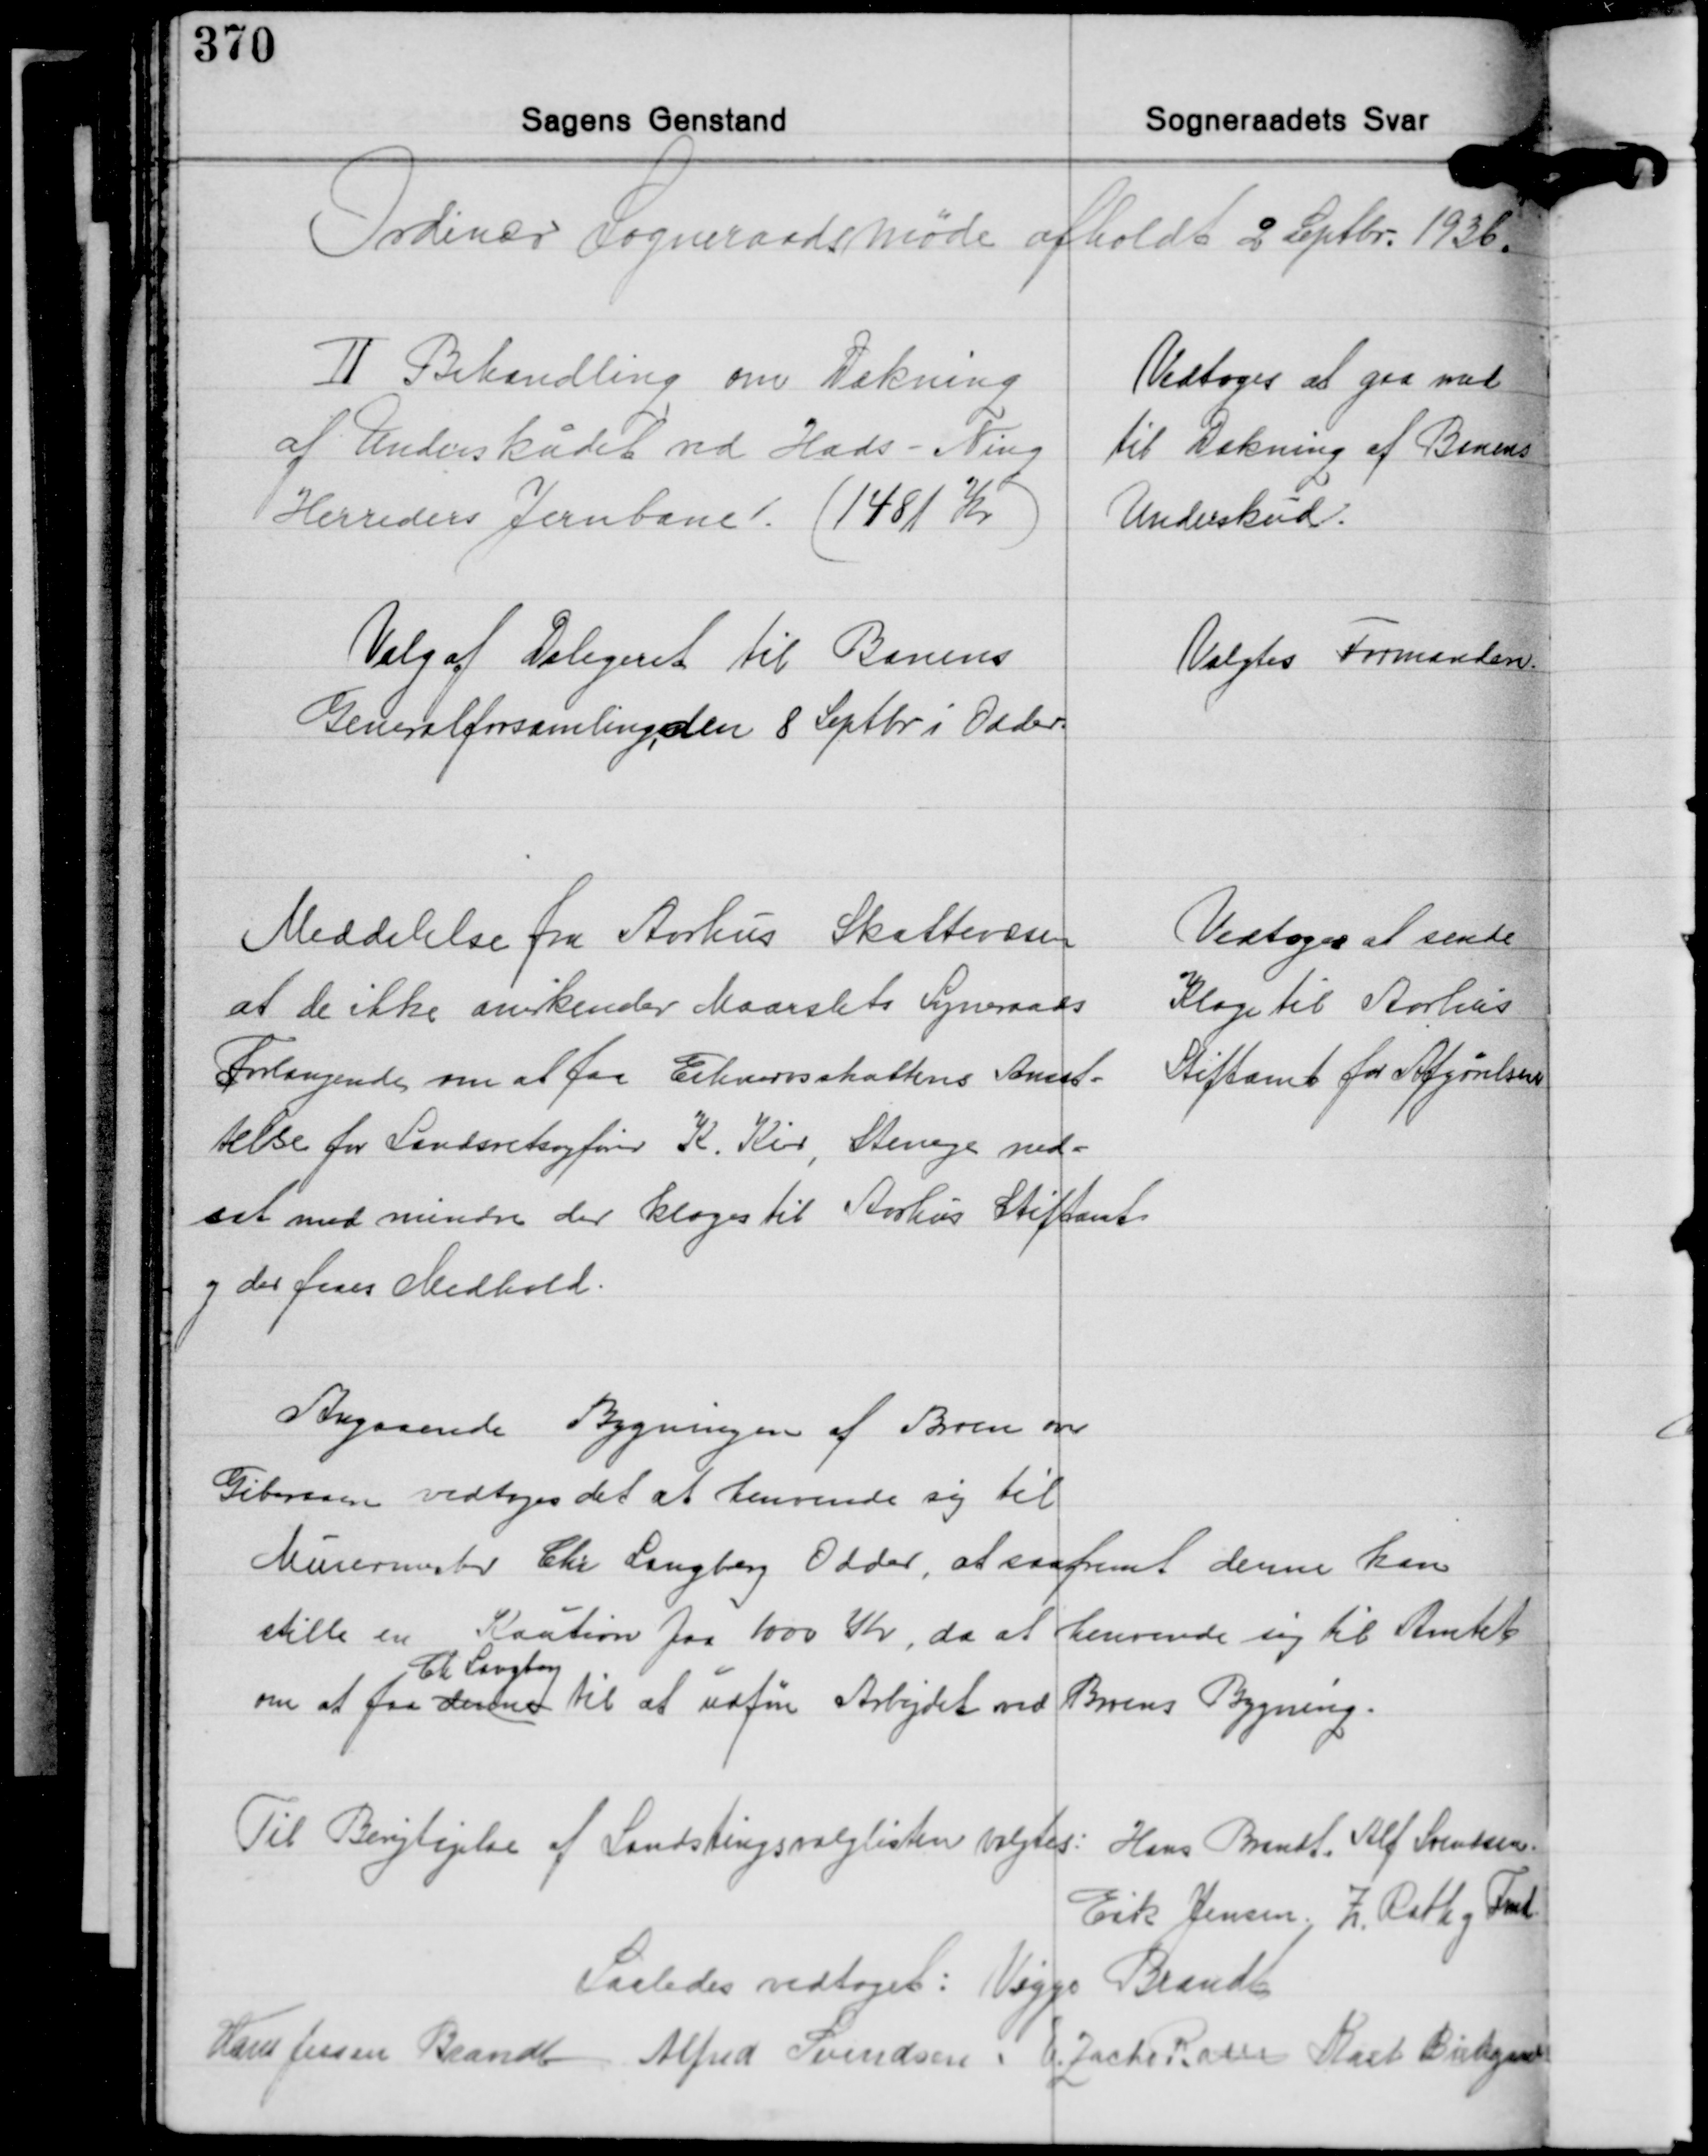
Transskription:
Ordinær Sogneraadsmøde afholdt 2 Septbr. 1936

Ⅱ Behandling om Dækning
af Underskudet ved Hads-Ning
Herreders Jernbane. (1481 Kr.)

Vedtoges at gaa med
til Dækning af Banens
Underskud.

Valg af Delegeret til Banens
Generalforsamling, den 8 Septbr. i Odder.

Valgtes Formanden

Meddelelse fra Aarhus Skattevæsen
at de ikke anerkender Maarslet Sogneraads
Forlangende om at faa Erhvervsskattens Ansæt-
telse for Landsretsagfører K. Kier, Stenege ned-
sat med mindre der klages til Aarhus Stiftamt
og der faar Medhold.

Vedtoges at sende
Klage til Aarhus
Stiftamt for Afgørelsen

Angaaende Bygningen af Broen over
Giberaaen vedtoges det at henvende sig til
Murermester Chr. Langberg Odder, at saafremt denne kan
stille en Kaution paa 1000 Kr. da at henvende sig til Amtet
Chr. Langberg
om at faa denne til at udføre Arbejdet ved Broens Bygning.

Til Berigtigelse af Landstingsvalglisten valgtes: Hans Brandt, Alf. Svendsen
Erik Jensen. Z. Rath og Fmd.

Saaledes vedtoges: Viggo Brandt
Hans Jessen Brandt Alfred Svendsen E. Zacho Rath Karl Birkegaard